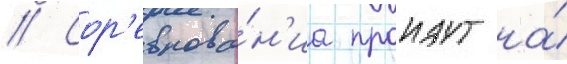
// Сор'евнова́н'иа проидут на́